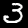
Digit: 3